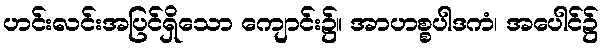
ဟင်းလင်းအပြင်ရှိသော ကျောင်း၌။ အာဟစ္စပါဒကံ၊ အပေါင်၌